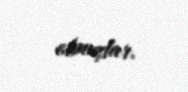
olmuşlar.